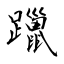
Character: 躐